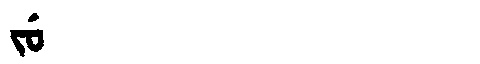
Manchu: ᠵᡠ
Romanization: JU